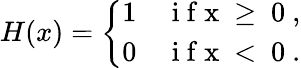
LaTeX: H(x)=\left\{ \begin{array}{ll}{1}&{\mathrm{~i~f~x~\ge~0~},}\\ {0}&{\mathrm{~i~f~x~<~0~}.}\end{array}\right.